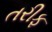
તરીફ